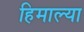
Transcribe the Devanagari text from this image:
हिमाल्या